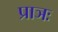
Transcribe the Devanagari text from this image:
प्राञः